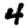
Digit: 4